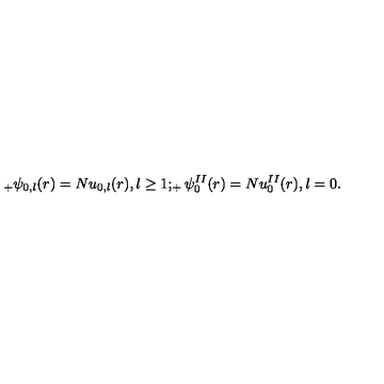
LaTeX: _ { + } \psi _ { 0 , l } ( r ) = N u _ { 0 , l } ( r ) { } , l \geq 1 ; _ { + } \psi _ { 0 } ^ { I I } ( r ) = N u _ { 0 } ^ { I I } ( r ) { } , l = 0 .